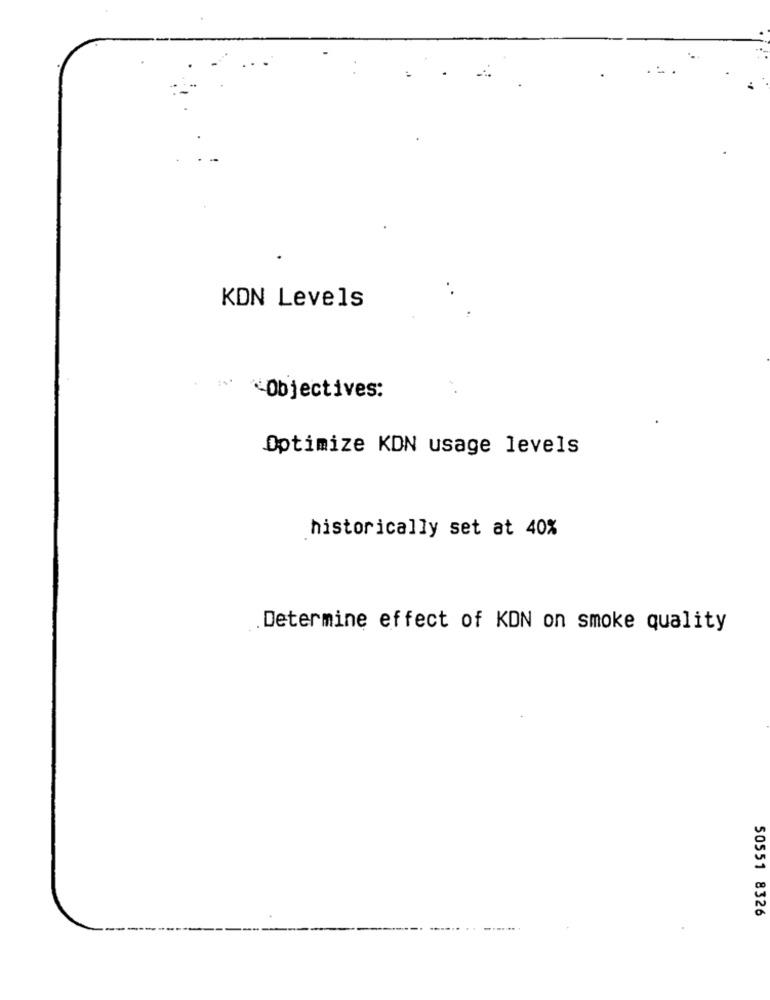
KDN Levels
Objectives:
Optimize KDN usage levels
historically set at 40%
.Determine effect of KDN on smoke quality
50551 8326